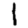
Digit: 1